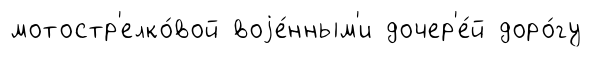
мотостр'елко́вой воjе́нным'и дочер'е́й доро́гу